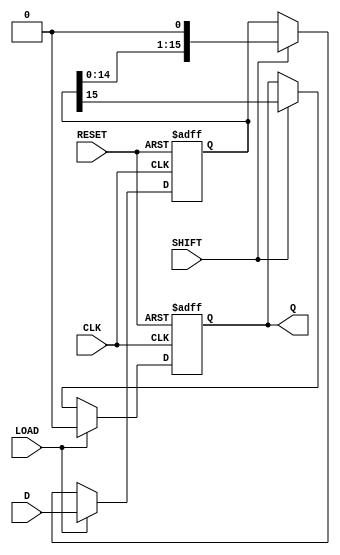
module piso_register (
    input wire [15:0] D,     // 16-bit data input
    input wire LOAD,         // Load control signal
    input wire SHIFT,        // Shift control signal
    input wire CLK,          // Clock signal
    input wire RESET,        // Asynchronous reset signal
    output reg Q             // Serial output
);

    reg [15:0] shift_reg;    // Internal shift register

    always @(posedge CLK or posedge RESET) begin
        if (RESET) begin
            shift_reg <= 16'b0; // Clear the register on reset
            Q <= 1'b0;          // Reset output
        end else begin
            if (LOAD) begin
                shift_reg <= D; // Load data into the shift register
                Q <= 1'b0;      // Output remains unchanged during load
            end else if (SHIFT) begin
                Q <= shift_reg[15]; // Output the MSB
                shift_reg <= {shift_reg[14:0], 1'b0}; // Shift left
            end
        end
    end

endmodule